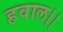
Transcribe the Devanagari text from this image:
हवाल।।